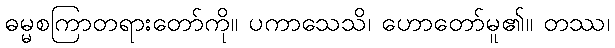
ဓမ္မစကြာတရားတော်ကို။ ပကာသေသိ၊ ဟောတော်မူ၏။ တဿ၊